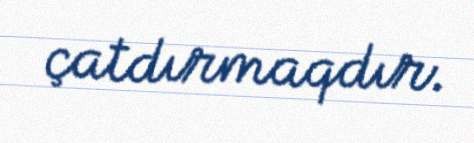
çatdırmaqdır.